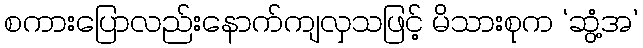
စကားပြောလည်းနောက်ကျလှသဖြင့် မိသားစုက ‘ဆွံ့အ’